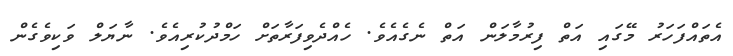
އެތައްފަހަރު މޭގައި އަތް ފިރުމާލަން އަތް ނެގެއެވެ. ހެއްދެވިފަރާތަށް ހަމްދުކުރިއެވެ. ނާޔަލް ވަކިވެގެން